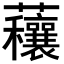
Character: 𧅼